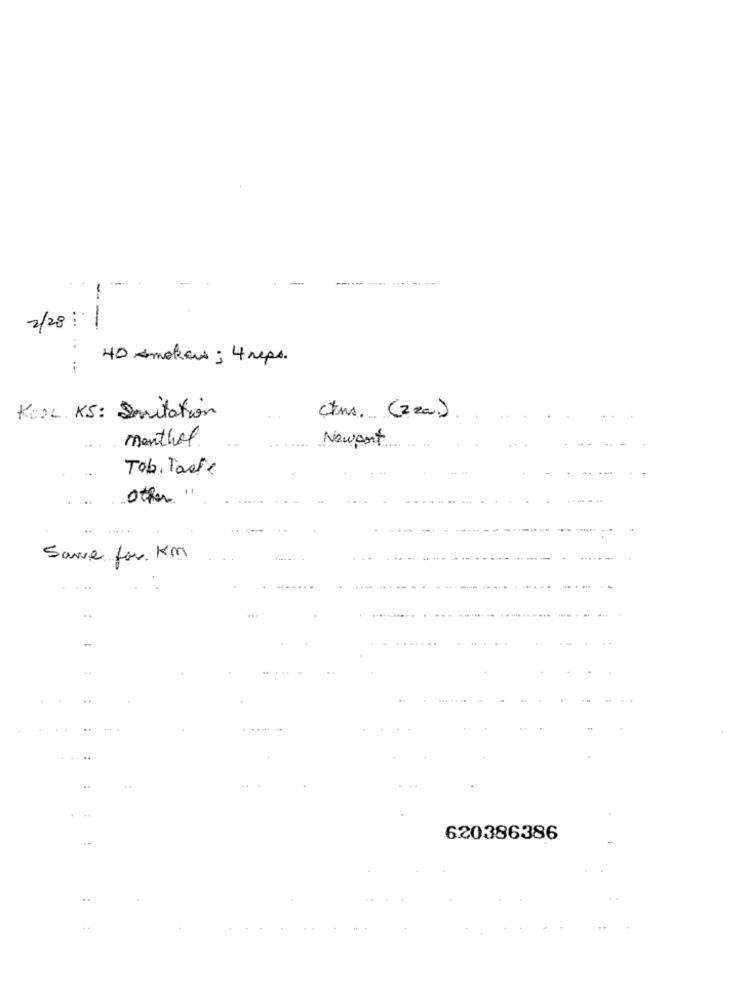
-
---- ------
-
-
2/28:1
... .. .
40 Amokeu ; 4 reps.
i
KODL. KS: Irritation
ctms. (zza.)
menthol
Newport
Tob. Taste
other
Save for Km
...
..
+.
620386386